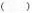
（）